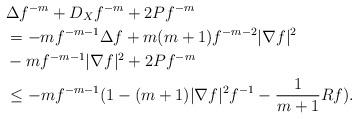
LaTeX: \begin{align*} & \Delta f^{-m}+ D_X f^{-m}+ 2P f^{-m}\\ &= -mf^{-m-1}\Delta f+ m(m+1)f^{-m-2}|\nabla f|^2\\ &-mf^{-m-1}|\nabla f|^2+2P f^{-m}\\ &\leq-mf^{-m-1}(1-(m+1)|\nabla f|^2f^{-1}-\frac{1}{m+1}Rf). \end{align*}